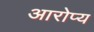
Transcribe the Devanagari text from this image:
आरोप्य